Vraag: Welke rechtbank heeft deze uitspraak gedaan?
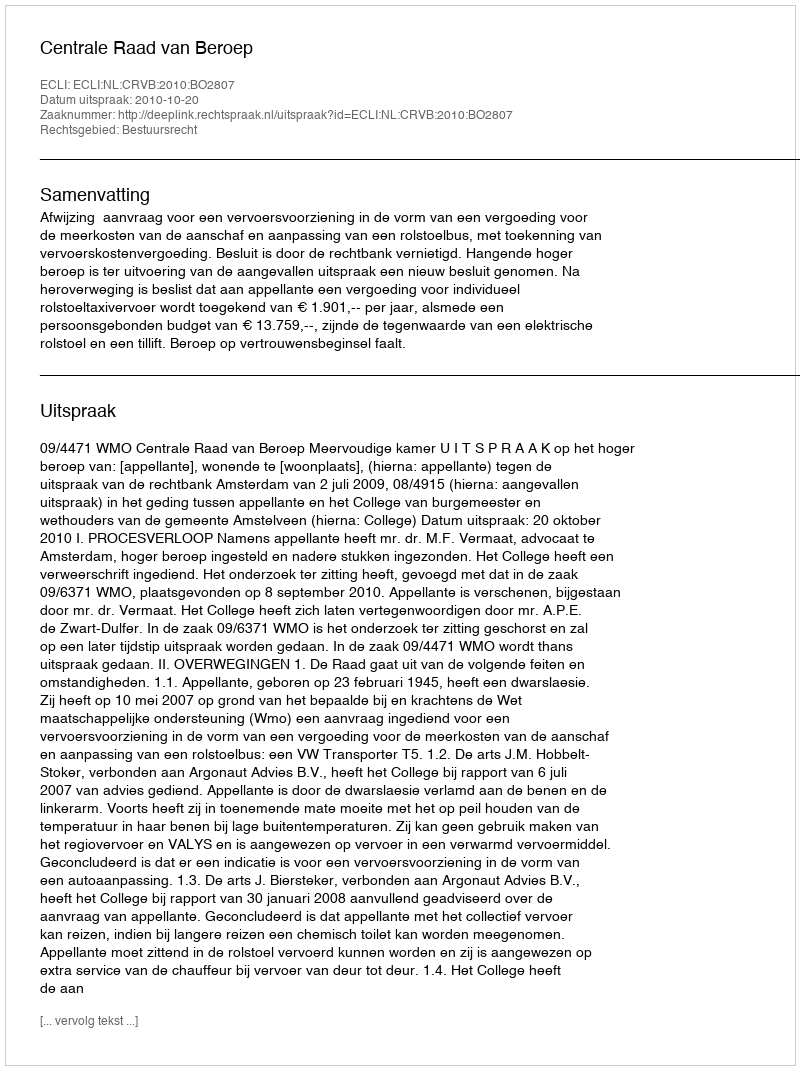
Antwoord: Centrale Raad van Beroep